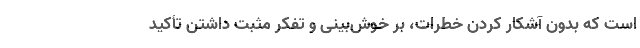
است که بدون آشکار کردن خطرات، بر خوش‌بینی و تفکر مثبت داشتن تأکید